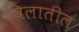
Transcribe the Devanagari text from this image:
बिलातील